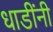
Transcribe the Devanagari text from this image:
धाडींनी